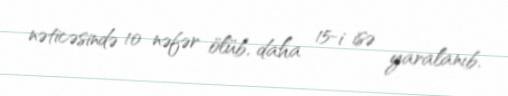
nəticəsində 10 nəfər ölüb, daha 15-i isə yaralanıb.